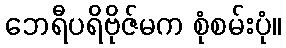
ဘေရီပရိဗိုဇ်မက စုံစမ်းပုံ။